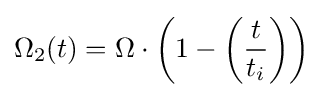
\Omega _{2}(t)=\Omega \cdot \left(1-\left({t \over {t_{i}}}\right)\right)